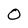
Character: O